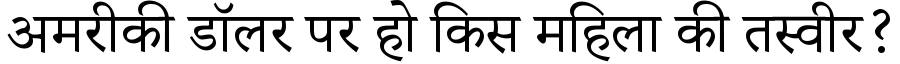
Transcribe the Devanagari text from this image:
अमरीकी डॉलर पर हो किस महिला की तस्वीर?